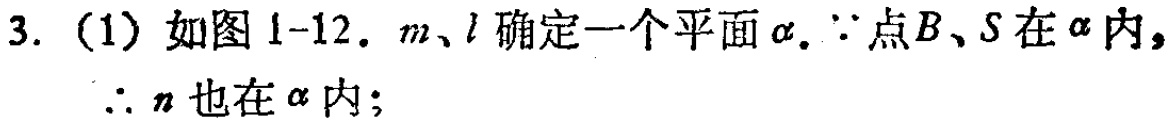
3. (1) 如图1-12. \(m\)、\(l\)确定一个平面\(\alpha\). \(\because\)点\(B\)、\(S\)在\(\alpha\)内, \(\therefore n\)也在\(\alpha\)内;